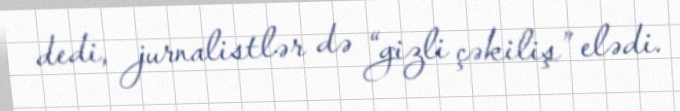
dedi, jurnalistlər də “gizli çəkiliş” elədi.